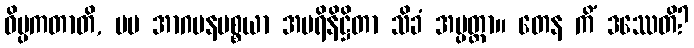
ဝိပ္ပကတာတိ, မမ အာဂမနပစ္စယာ အပရိနိဋ္ဌိတာ သိခံ အပ္ပတ္တာ။ တေန ကိံ ဒဿေတိ?